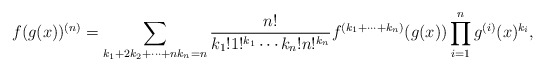
\begin{align*} f(g(x))^{(n)} = \sum_{k_1+2k_2+\cdots+nk_n=n} \frac{n!}{k_1!1!^{k_1}\cdots k_n!n!^{k_n}} f^{(k_1+\cdots+k_n)}(g(x))\prod_{i=1}^n g^{(i)}(x)^{k_i},\end{align*}